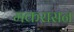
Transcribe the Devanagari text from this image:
मकरासन